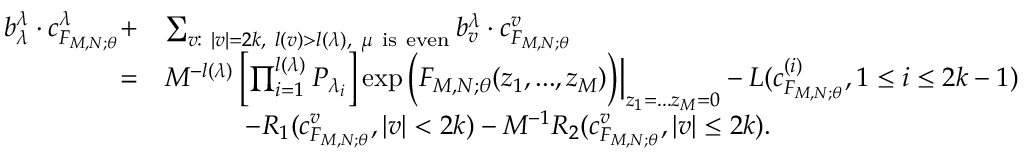
\begin{array} { r l } { b _ { \lambda } ^ { \lambda } \cdot c _ { F _ { M , N ; \theta } } ^ { \lambda } + } & { \sum _ { v : \ | v | = 2 k , \ l ( v ) > l ( \lambda ) , \ \mu \mathrm { \ i s \ e v e n } } b _ { v } ^ { \lambda } \cdot c _ { F _ { M , N ; \theta } } ^ { v } } \\ { = } & { M ^ { - l ( \lambda ) } \left[ \prod _ { i = 1 } ^ { l ( \lambda ) } P _ { \lambda _ { i } } \right] \exp \Big ( F _ { M , N ; \theta } ( z _ { 1 } , . . . , z _ { M } ) \Big ) \Bigr | _ { z _ { 1 } = . . . z _ { M } = 0 } - L ( c _ { F _ { M , N ; \theta } } ^ { ( i ) } , 1 \le i \le 2 k - 1 ) } \\ & { \quad \quad \quad - R _ { 1 } ( c _ { F _ { M , N ; \theta } } ^ { v } , | v | < 2 k ) - M ^ { - 1 } R _ { 2 } ( c _ { F _ { M , N ; \theta } } ^ { v } , | v | \le 2 k ) . } \end{array}